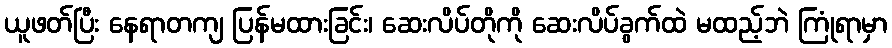
ယူဖတ်ပြီး နေရာတကျ ပြန်မထားခြင်း၊ ဆေးလိပ်တိုကို ဆေးလိပ်ခွက်ထဲ မထည့်ဘဲ ကြုံရာမှာ